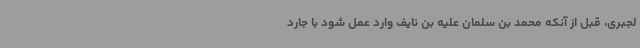
لجبری، قبل از آنکه محمد بن سلمان علیه بن نایف وارد عمل شود با جارد